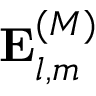
\mathbf { E } _ { l , m } ^ { ( M ) }